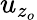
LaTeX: u_{z_{o}}